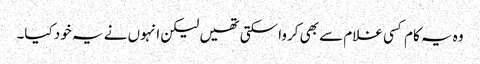
وہ یہ کام کسی غلام سے بھی کروا سکتی تھیں لیکن انہوں نے یہ خود کیا۔